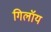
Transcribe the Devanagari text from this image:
गिलॉय